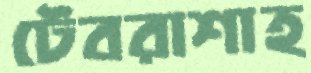
টেবরাশাহ